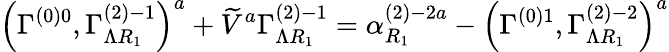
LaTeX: \left(\Gamma_{}^{\left(0\right)0},\Gamma_{\Lambda R_{1}}^{\left(2\right)-1}\right)^{a}+\widetilde{V}^{a}\Gamma_{\Lambda R_{1}}^{\left(2\right)-1}=\alpha_{R_{1}}^{\left(2\right)-2a}-\left(\Gamma_{}^{\left(0\right)1},\Gamma_{\Lambda R_{1}}^{\left(2\right)-2}\right)^{a}